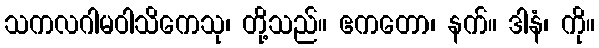
သကလဂါမဝါသိကေသု၊ တို့သည်။ ဧကတော၊ နက်။ ဒါနံ၊ ကို။